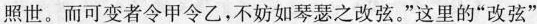
照世。而可变者令甲令乙，不妨如琴瑟之改弦。”这里的”改弦”